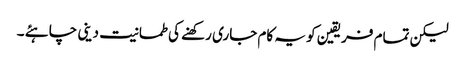
لیکن تمام فریقین کو یہ کام جاری رکھنے کی طمانیت دینی چاہئے ۔